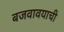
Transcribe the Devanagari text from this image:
बजवावयाची